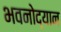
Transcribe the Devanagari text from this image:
भवनोद्यान